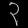
Digit: ၃